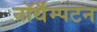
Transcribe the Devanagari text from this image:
नॉर्थैम्पटन